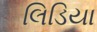
લિડિયા